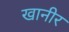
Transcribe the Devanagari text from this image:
खानीर